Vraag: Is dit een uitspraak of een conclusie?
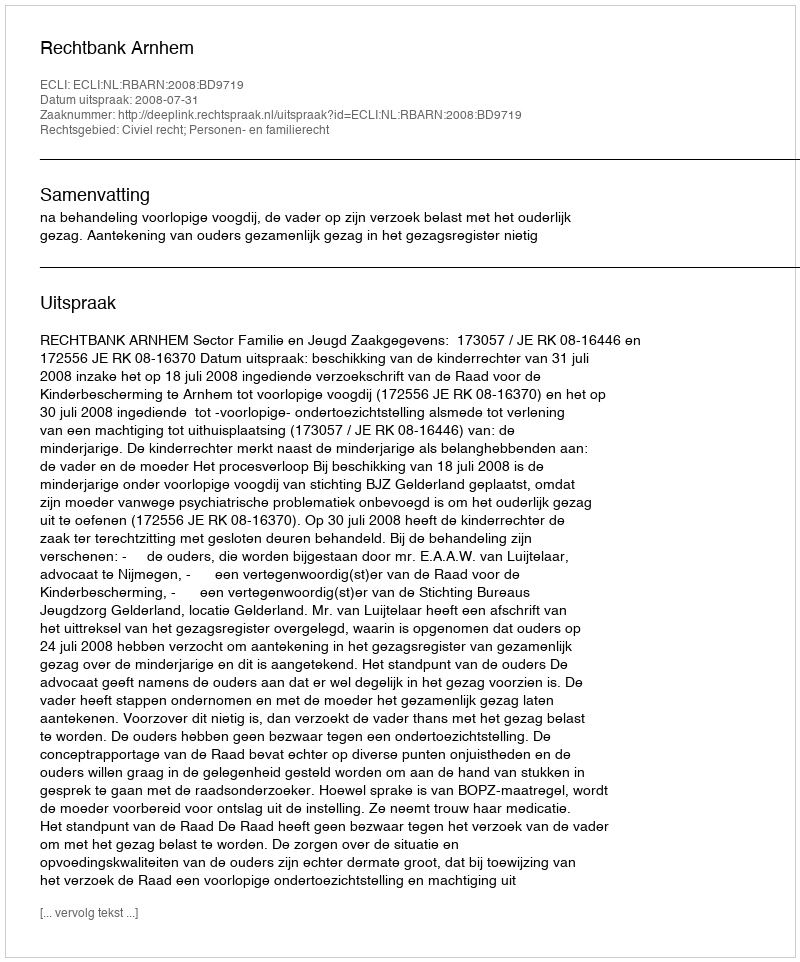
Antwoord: Uitspraak